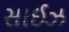
સાઈઝ